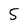
Character: 5